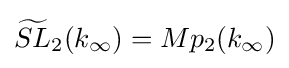
{\widetilde {SL}}_{2}(k_{\infty })=Mp_{2}(k_{\infty })